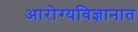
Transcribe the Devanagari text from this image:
आरोग्यविज्ञानात